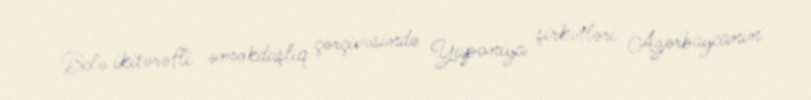
Belə ikitərəfli əməkdaşlıq çərçivəsində Yaponiya şirkətləri Azərbaycanın